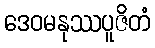
ဒေဝမနုဿပူဇိတံ